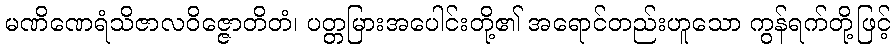
မဏိဏေရံသိဇာလဝိဇ္ဇောတိတံ၊ ပတ္တမြားအပေါင်းတို့၏ အရောင်တည်းဟူသော ကွန်ရက်တို့ဖြင့်